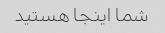
شما اینجا هستید